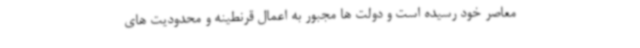
معاصر خود رسیده است و دولت ها مجبور به اعمال قرنطینه و محدودیت های